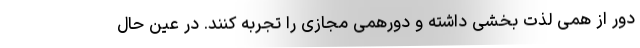
دور از همی لذت بخشی داشته و دورهمی مجازی را تجربه کنند. در عین حال